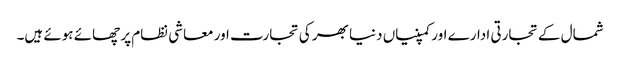
شمال کے تجارتی ادارے اور کمپنیاں دنیا بھر کی تجارت اور معاشی نظام پر چھائے ہوئے ہیں۔